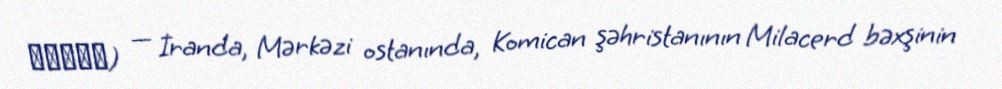
طرلان) — İranda, Mərkəzi ostanında, Komican şəhristanının Milacerd bəxşinin